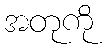
အတုကို